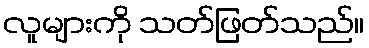
လူများကို သတ်ဖြတ်သည်။